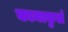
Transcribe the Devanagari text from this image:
कामाकुलं